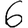
Digit: 6